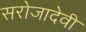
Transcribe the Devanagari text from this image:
सरोजादेवी